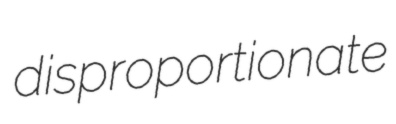
disproportionate